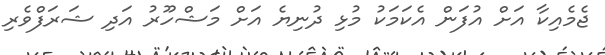
ޖެމެއިކާ އަށް އުފަން އެކަމަކު މުޅި ދުނިޔެ އަށް މަޝްހޫރު އަދި ޝަރަފްވެރި